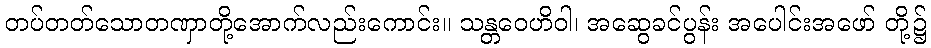
တပ်တတ်သောတဏှာတို့အောက်လည်းကောင်း။ သန္တဝေဟိဝါ၊ အဆွေခင်ပွန်း အပေါင်းအဖော် တို့၌